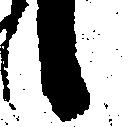
候